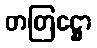
တတြဋ္ဌော